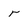
Character: r